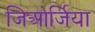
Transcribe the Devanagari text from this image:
जिओर्जिया